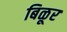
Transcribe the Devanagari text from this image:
बिळूर